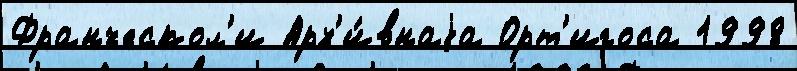
Франческол'и Арх'и́внаjа Орт'игоса 1998